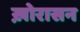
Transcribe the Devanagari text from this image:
ख़ोरासन